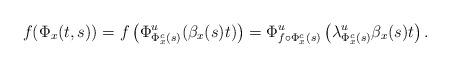
LaTeX: \begin{align*}f(\Phi_x(t,s))=f\left(\Phi^u_{\Phi^c_x(s)}(\beta_{x}(s)t)\right)=\Phi^u_{f\circ\Phi^c_x(s)}\left(\lambda^u_{\Phi^c_x(s)}\beta_{x}(s)t\right).\end{align*}